Destruction of fleas by exposure to the sun - Number 40
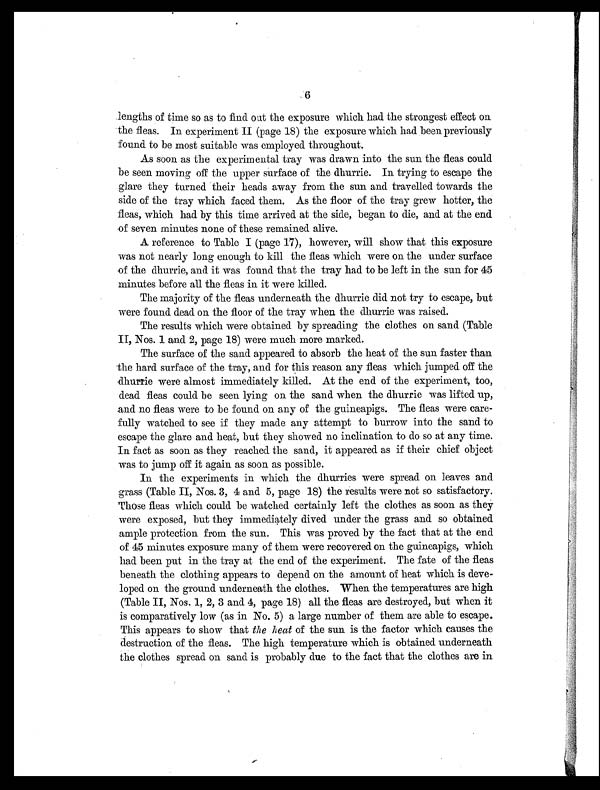
6
lengths of time so as to find out the exposure which had the strongest effect on
the fleas. In experiment II (page 18) the exposure which had been previously
found to be most suitable was employed throughout.
As soon as the experimental tray was drawn into the sun the fleas could
be seen moving off the upper surface of the dhurrie. In trying to escape the
glare they turned their heads away from the sun and travelled towards the
side of the tray which faced them. As the floor of the tray grew hotter, the
fleas, which had by this time arrived at the side, began to die, and at the end
of seven minutes none of these remained alive.
A reference to Table I (page 17), however, will show that this exposure
was not nearly long enough to kill the fleas which were on the under surface
of the dhurrie, and it was found that the tray had to be left in the sun for 45
minutes before all the fleas in it were killed.
The majority of the fleas underneath the dhurrie did not try to escape, but
were found dead on the floor of the tray when the dhurrie was raised.
The results which were obtained by spreading the clothes on sand (Table
II, Nos. 1 and 2, page 18) were much more marked.
The surface of the sand appeared to absorb the heat of the sun faster than
the hard surface of the tray, and for this reason any fleas which jumped off the
dhurrie were almost immediately killed. At the end of the experiment, too,
dead fleas could be seen lying on the sand when the dhurrie was lifted up,
and no fleas were to be found on any of the guineapigs. The fleas were care-
fully watched to see if they made any attempt to burrow into the sand to
escape the glare and heat, but they showed no inclination to do so at any time.
In fact as soon as they reached the sand, it appeared as if their chief object
was to jump off it again as soon as possible.
In the experiments in which the dhurries were spread on leaves and
grass (Table II, Nos. 3, 4 and 5, page 18) the results were not so satisfactory.
Those fleas which could be watched certainly left the clothes as soon as they
were exposed, but they immediately dived under the grass and so obtained
ample protection from the sun. This was proved by the fact that at the end
of 45 minutes exposure many of them were recovered on the guineapigs, which
had been put in the tray at the end of the experiment. The fate of the fleas
beneath the clothing appears to depend on the amount of heat which is deve-
loped on the ground underneath the clothes. When the temperatures are high
(Table II, Nos. 1, 2, 3 and 4, page 18) all the fleas are destroyed, but when it
is comparatively low (as in No. 5) a large number of them are able to escape.
This appears to show that the heat of the sun is the factor which causes the
destruction of the fleas. The high temperature which is obtained underneath
the clothes spread on sand is probably due to the fact that the clothes are in.